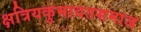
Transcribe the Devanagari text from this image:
क्षत्रियकुमावतसमाज